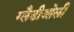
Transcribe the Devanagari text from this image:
ग्‍लैडीओली